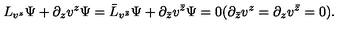
L _ { v ^ { z } } \Psi + \partial _ { z } v ^ { z } \Psi = \bar { L } _ { v ^ { \bar { z } } } \Psi + \partial _ { \bar { z } } v ^ { \bar { z } } \Psi = 0 ( \partial _ { \bar { z } } v ^ { z } = \partial _ { z } v ^ { \bar { z } } = 0 ) .